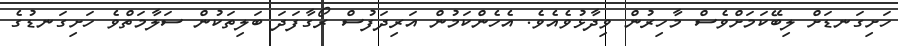
ހަށިގަނޑަށް ލިބޭކަމަށްވެސް މާހިރުން ވިދާޅުވެއެވެ. އެހެންކަމުން އަރިދަފުސް ރޯގާފަދަ ބަލިތަކުން ސަލާމަތްވެ ހަށިގަނޑުގެ